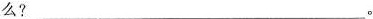
么？___________________________。